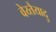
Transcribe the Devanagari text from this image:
वेय्तैयादु